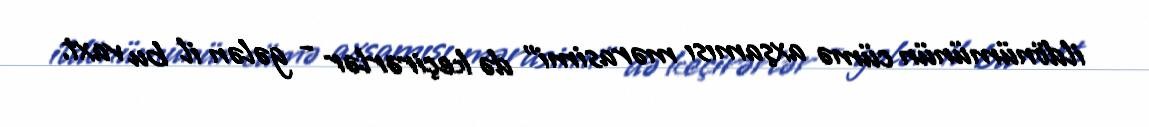
ildönümünün cümə axşamısı mərasimi” də keçirərlər - gələn il bu vaxt.